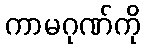
ကာမဂုဏ်ကို